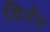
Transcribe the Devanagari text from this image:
विथेंस